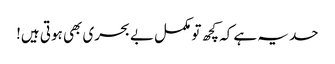
حد یہ ہے کہ کچھ تو مکمل بے بحری بھی ہوتی ہیں!